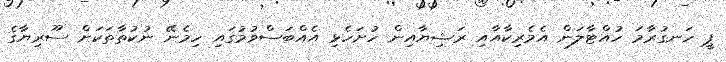
ޕީ ހަނގުރާމަ ހުއްޓާލަން އެމެރިކާއާއި ރަޝިޔާއިން ހުށަހެޅި އެއްބަސްވުމުގައި ހިމެނޭ ނުކުތާތަކަށް ސޫރިޔާގެ